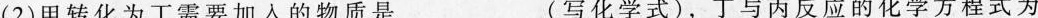
(2)甲转化为丁需要加入的物质是___(写化学式)，丁与丙反应的化学方程式为